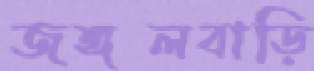
জঙ্গলবাড়ি